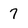
Character: 7